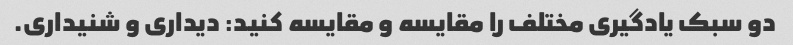
دو سبک یادگیری مختلف را مقایسه و مقایسه کنید: دیداری و شنیداری.